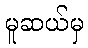
မူဆယ်မှ